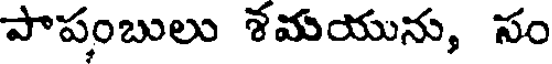
పాపంబులు శమయును, సం